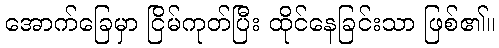
အောက်ခြေမှာ ငြိမ်ကုတ်ပြီး ထိုင်နေခြင်းသာ ဖြစ်၏။